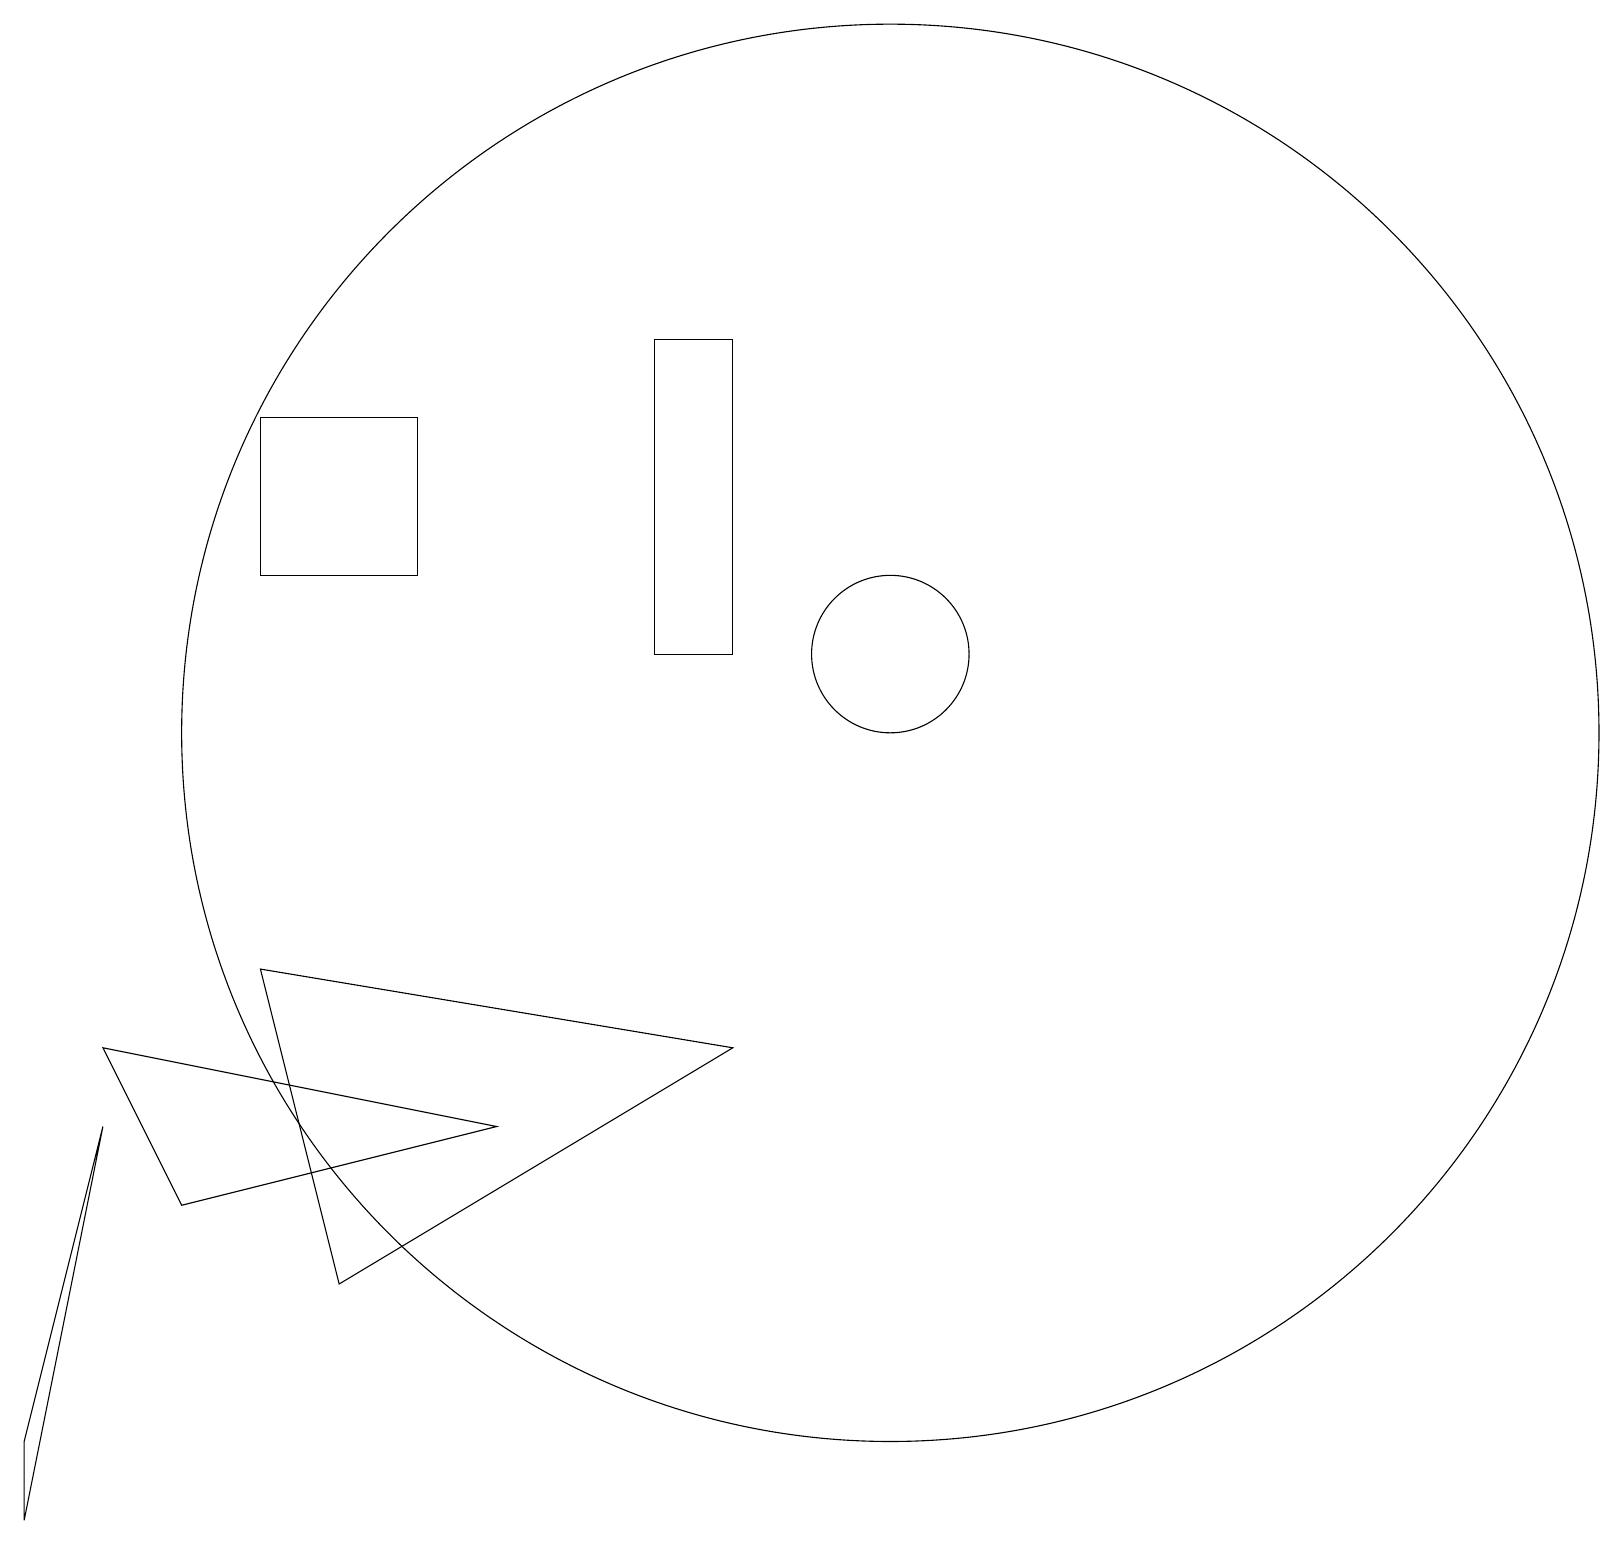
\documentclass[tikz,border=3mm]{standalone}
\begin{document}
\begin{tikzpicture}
\draw (9,11) rectangle (8,15);
\draw (0,1) -- (1,5) -- (0,0) -- cycle;
\draw (5,14) rectangle (3,12);
\draw (6,5) -- (1,6) -- (2,4) -- cycle;
\draw (4,3) -- (9,6) -- (3,7) -- cycle;
\draw (11,10) circle (9);
\draw (11,11) circle (1);
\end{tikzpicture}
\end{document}